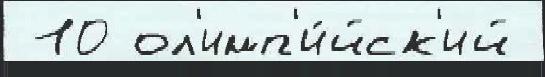
 10 ол'имп'и́йск'ий